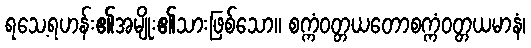
ရသေ့ရဟန်း၏အမျိုး၏သားဖြစ်သော။ စက္ကံဝတ္တယတောစက္ကံဝတ္တယမာနံ၊